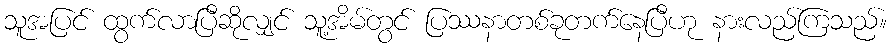
သူအပြင် ထွက်လာပြီဆိုလျှင် သူ့အိမ်တွင် ပြဿနာတစ်ခုတက်နေပြီဟု နားလည်ကြသည်။